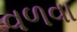
વળવા